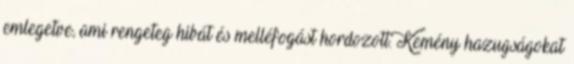
emlegetve, ami rengeteg hibát és melléfogást hordozott. Kemény hazugságokat